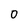
Character: 0